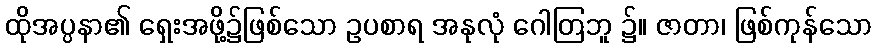
ထိုအပ္ပနာ၏ ရှေးအဖို့၌ဖြစ်သော ဥပစာရ အနုလုံ ဂေါတြဘူ ၌။ ဇာတာ၊ ဖြစ်ကုန်သော